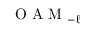
\mathrm { ~ O ~ A ~ M ~ } _ { - \ell }